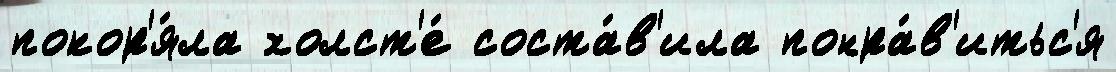
покор'я́ла холст'е́ соста́в'ила понра́в'итьс'я